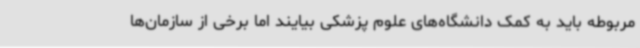
مربوطه باید به کمک دانشگاه‌های علوم پزشکی بیایند اما برخی از سازمان‌ها